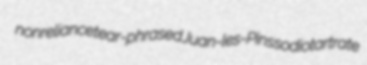
nonreliance tear-phrased Juan-les-Pins sodiotartrate